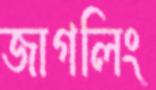
জাগলিং